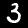
Label: 3